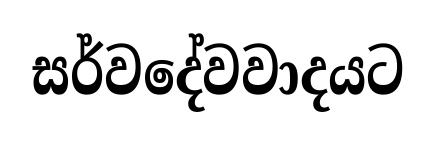
සර්වදේවවාදයට